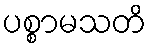
ပစ္စာမသတိ